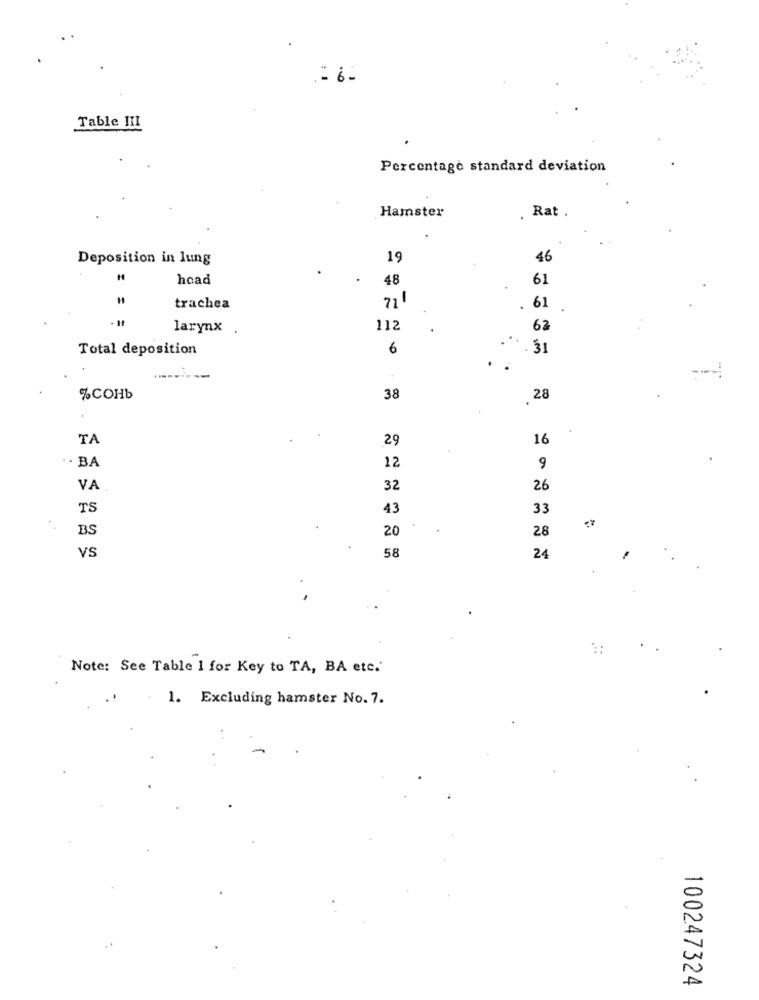
=6.
Table III
Percentage standard deviation
Hamster
. Rat .
Deposition in lung
19
46
hoad
48
61
trachea
. 61
larynx .
112
62
Total deposition
6
. . 31
%COHb
38
.28
TA
29
16
· · BA
12
9
VA
32
26
TS
43
33
BS
20
28
VS
58
Note: See Table 1 for Key to TA, BA etc.'
1. Excluding hamster No. 7.
100247324